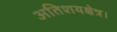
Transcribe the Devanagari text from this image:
अतिशयक्षेत्र।